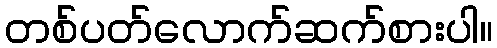
တစ်ပတ်လောက်ဆက်စားပါ။